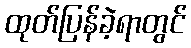
ထုတ်ပြန်ခဲ့ရာတွင်